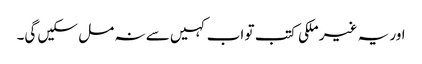
اور یہ غیر ملکی کتب تو اب کہیں سے نہ مل سکیں گی۔